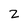
Character: Z